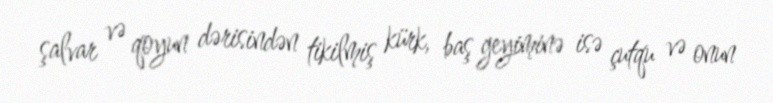
şalvar və qoyun dərisindən tikilmiş kürk, baş geyiminə isə çutqu və onun